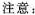
注意：